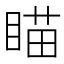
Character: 瞄